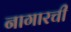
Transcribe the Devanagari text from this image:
नागारची